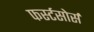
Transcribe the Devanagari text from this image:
फर्स्टसोर्स